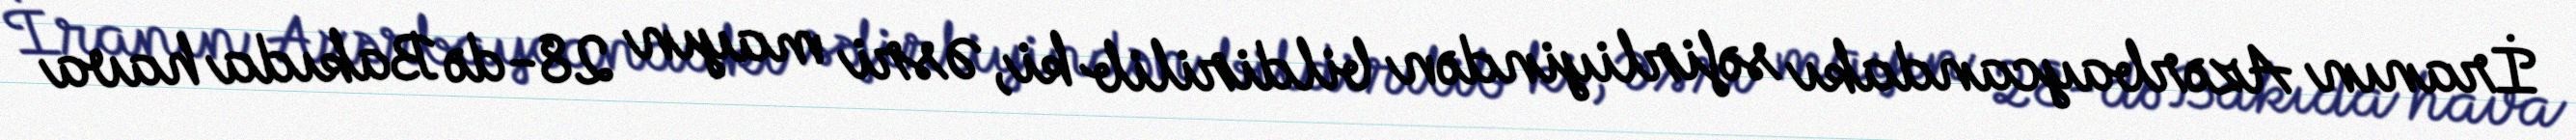
İranın Azərbaycandakı səfirliyindən bildirilib ki, Əsri mayın 28-də Bakıda hava